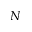
N